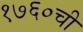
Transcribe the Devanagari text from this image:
१७६०ची